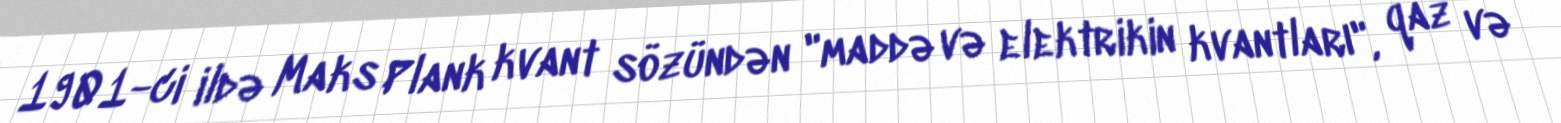
1901-ci ildə Maks Plank kvant sözündən "maddə və elektrikin kvantları", qaz və